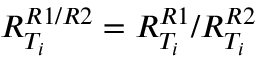
R _ { T _ { i } } ^ { R 1 / R 2 } = R _ { T _ { i } } ^ { R 1 } / R _ { T _ { i } } ^ { R 2 }